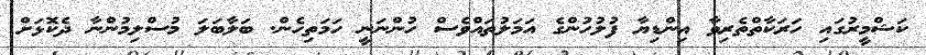
ކަޝްމީރުގައި ހަރަކާތްތެރިވާ އިންޑިޔާ ފުލުހުންގެ އަމަލުތައްވެސް ހުންނަނީ ހަމަތިހެން. ބަލާބަލަ މުސްލިމުންނާ ދެކޮޅަށް